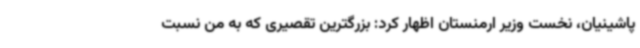
پاشینیان، نخست وزیر ارمنستان اظهار کرد: بزرگترین تقصیری که به من نسبت